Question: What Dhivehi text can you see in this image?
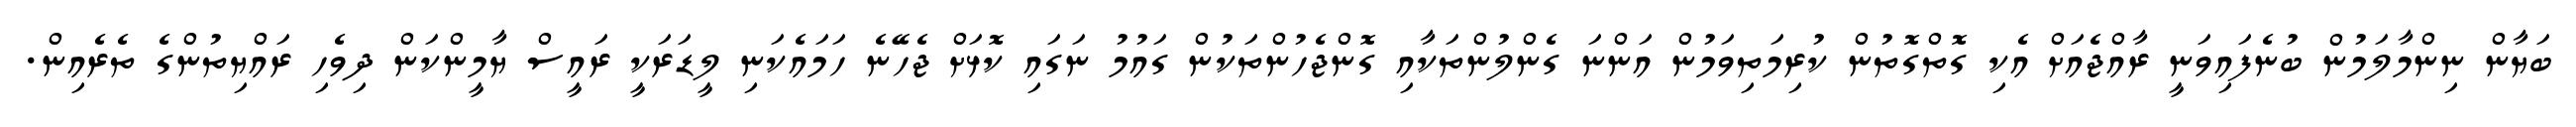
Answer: ބަޔާން ނިންމާލަމުން ބުނެފައިވަނީ ރާއްޖެއަށް އެކި ގޮތްގޮތުން ކުރިމަތިވަމުން އަންނަ ގެންލުންތަކާއި ގޮންޖެހުންތަކުން ގައުމު ނަގައި ކޮޅަށް ޖެހޭނެ ހަމައެކަނި ލީޑަރަކީ ރައީސް ޔާމީންކަން ދިވެހި ރައްޔިތުންގެ ތެރެއިން.